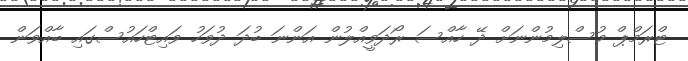
ޓްރަމްޕް މުސްލިމުންނަށް ދޭ ހާއްސަ ރޯދަވީއްލުން އަންނަ ބުދަ ދުވަހު ވައިޓްހައުސްގައި ބާއްވަން